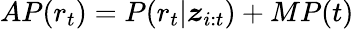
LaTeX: AP(r_{t})=P(r_{t}|\boldsymbol{z}_{i:t})+MP(t)